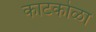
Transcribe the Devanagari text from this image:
काटकोळा